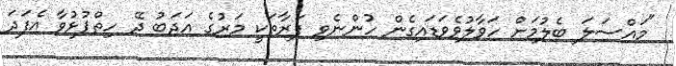
"މައްސަލަ ބެލުމަށް ހަވާލުވެވަޑައިގެން ހުންނެވި ފަރާތަކީ މަރުގެ އަދަބު ދޭ ހިތްޕުޅުވާ އެފަދަ